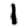
Digit: 1